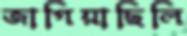
জাগিয়াছিলি